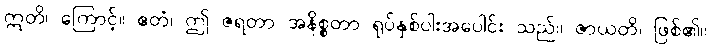
ဣတိ၊ ကြောင့်။ ဧတံ၊ ဤ ဇရတာ အနိစ္စတာ ရုပ်နှစ်ပါးအပေါင်း သည်။ ဇာယတိ၊ ဖြစ်၏။